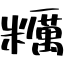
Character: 糲